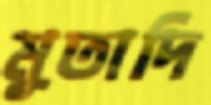
মুতাদি